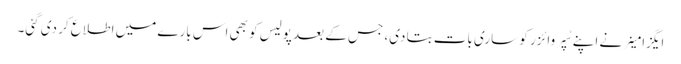
ایگزامینر نے اپنے سُپروائزر کو ساری بات بتا دی، جس کے بعد پولیس کو بھی اس بارے میں اطلاع کر دی گئی۔